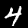
Digit: 4